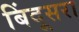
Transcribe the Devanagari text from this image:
बिंदूसरा